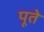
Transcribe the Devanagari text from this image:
पूते